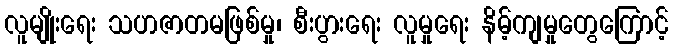
လူမျိုးရေး သဟဇာတမဖြစ်မှု၊ စီးပွားရေး လူမှုရေး နိမ့်ကျမှုတွေကြောင့်